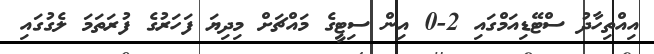
އިއްތިހާދު ސްޓޭޑިއަމްގައި 2-0 އިން ސިޓީގެ މައްޗަށް މިދިޔަ ފަހަރުގެ ފުރަތަމަ ލެގުގައި